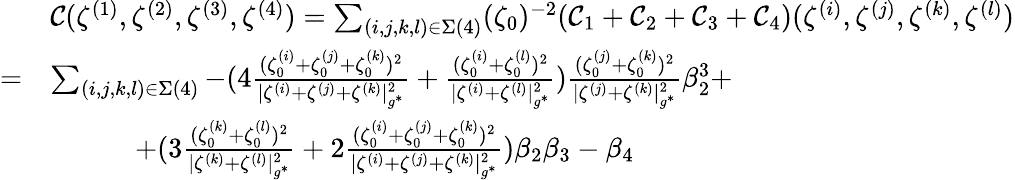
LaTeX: \begin{array}{rl}&{\mathcal{C}(\zeta^{(1)},\zeta^{(2)},\zeta^{(3)},\zeta^{(4)})=\sum_{(i,j,k,l)\in\Sigma(4)}(\zeta_{0})^{-2}(\mathcal{C}_{1}+\mathcal{C}_{2}+\mathcal{C}_{3}+\mathcal{C}_{4})(\zeta^{(i)},\zeta^{(j)},\zeta^{(k)},\zeta^{(l)})}\\ {=}&{\sum_{(i,j,k,l)\in\Sigma(4)}-(4\frac{(\zeta_{0}^{(i)}+\zeta_{0}^{(j)}+\zeta_{0}^{(k)})^{2}}{|{\zeta^{(i)}}+{\zeta^{(j)}}+{\zeta^{(k)}}|_{g^{*}}^{2}}+\frac{(\zeta_{0}^{(i)}+\zeta_{0}^{(l)})^{2}}{|{\zeta^{(i)}}+{\zeta^{(l)}}|_{g^{*}}^{2}})\frac{(\zeta_{0}^{(j)}+\zeta_{0}^{(k)})^{2}}{|\zeta^{(j)}+\zeta^{(k)}|_{g^{*}}^{2}}\beta_{2}^{3}+}\\ &{\quad\quad\quad+(3\frac{(\zeta_{0}^{(k)}+\zeta_{0}^{(l)})^{2}}{|{\zeta^{(k)}}+{\zeta^{(l)}}|_{g^{*}}^{2}}+2\frac{(\zeta_{0}^{(i)}+\zeta_{0}^{(j)}+\zeta_{0}^{(k)})^{2}}{|{\zeta^{(i)}}+{\zeta^{(j)}}+{\zeta^{(k)}}|_{g^{*}}^{2}})\beta_{2}\beta_{3}-\beta_{4}}\end{array}